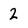
Character: 2